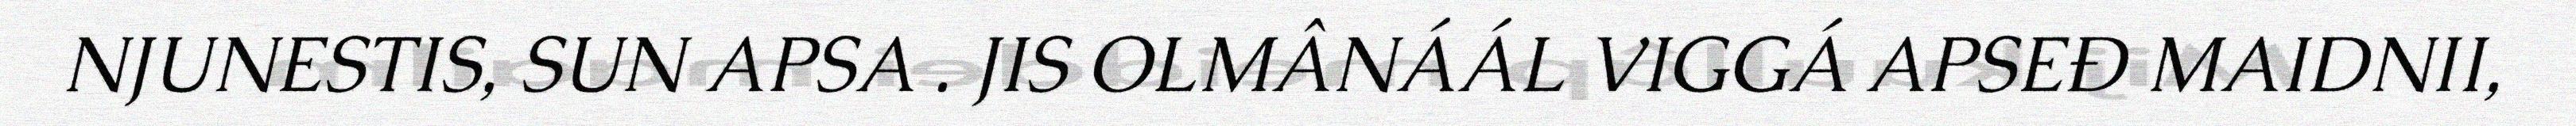
NJUNESTIS, SUN APSA . JIS OLMÂNÁÁL VIGGÁ APSEĐ MAIDNII,